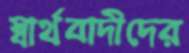
স্বার্থবাদীদের